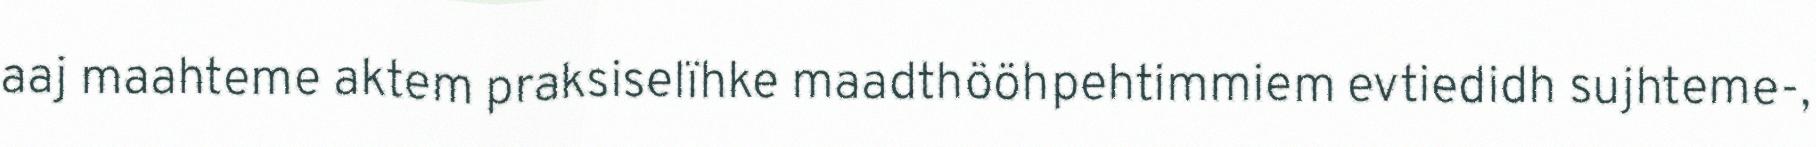
aaj maahteme aktem praksiselïhke maadthööhpehtimmiem evtiedidh sujhteme-,